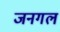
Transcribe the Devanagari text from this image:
जनगल